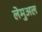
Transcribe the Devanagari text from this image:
लेमुअल